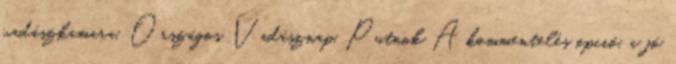
vadászkamara, Országos Vadásznap, Putnok A kommentelés opció, a jó